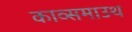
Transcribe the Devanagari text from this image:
काव्समाउथ